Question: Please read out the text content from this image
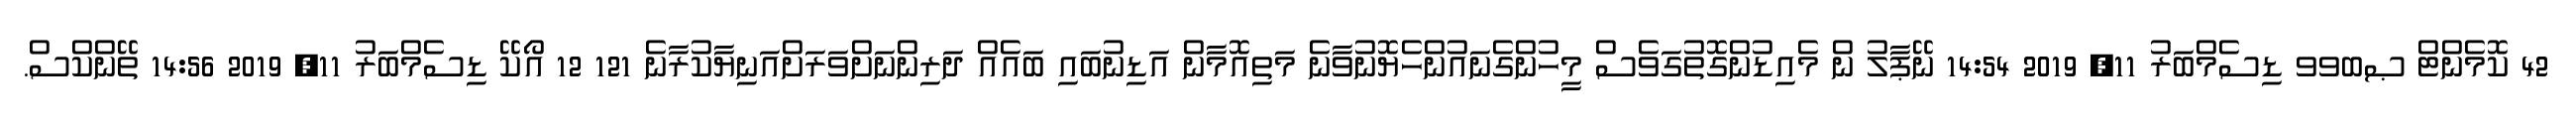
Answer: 42 ކޮމެންޓް ޞބވވ ޑިސެމްބަރު 11, 2019 14:54 ނޭޕާލު ން މެއިޑުންގޮތުގަވެސް މީހުންގެނައުންހެޔޮނުވާނެ މަތިއޮމާން އަޑިނުބައި ބައެއް ދަރިންނަށްވަރަށްއަނިޔާކުރާނެ 121 12 އޯކޭ ޑިސެމްބަރު 11, 2019 14:56 ތޭންކްސް.